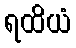
ရထိယံ